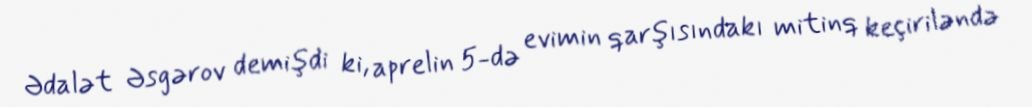
Ədalət Əsgərov demişdi ki, aprelin 5-də evimin qarşısındakı mitinq keçiriləndə